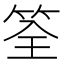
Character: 筌